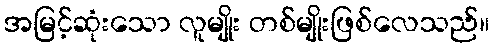
အမြင့်ဆုံးသော လူမျိုး တစ်မျိုးဖြစ်လေသည်။